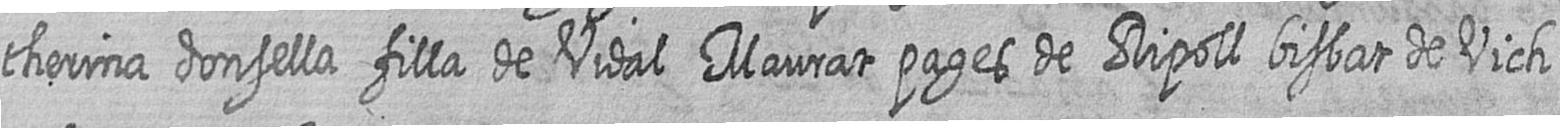
therina donsella filla de Vidal Maurat pages de Ripoll bisbat de Vich